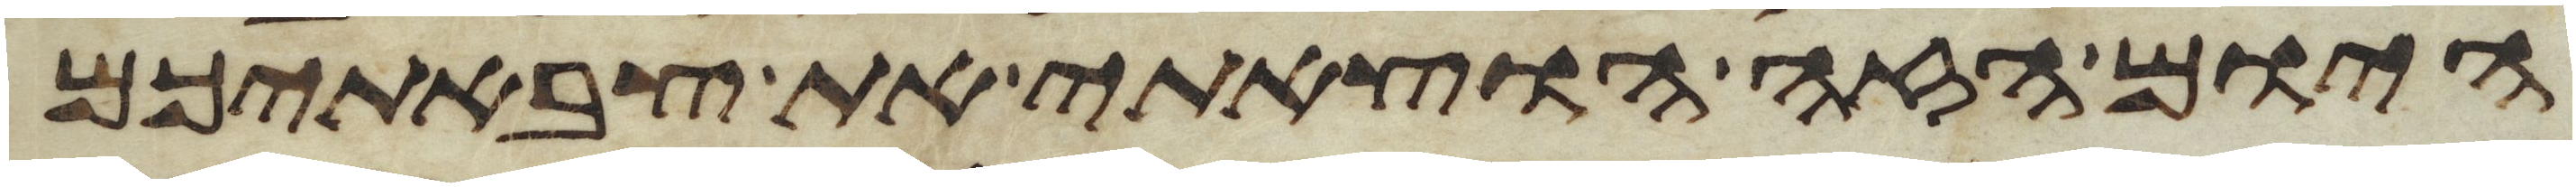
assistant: היום הזה הוצאתי את צבאתיכם